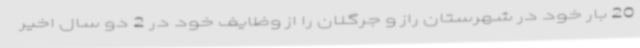
20 بار خود در شهرستان راز و جرگلان را از وظایف خود در 2 دو سال اخیر